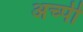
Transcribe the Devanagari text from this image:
अच्पी